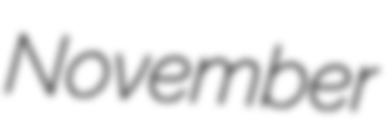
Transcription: November